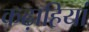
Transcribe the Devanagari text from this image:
कढ़ाहियां